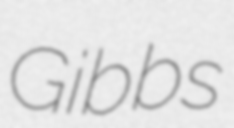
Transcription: Gibbs